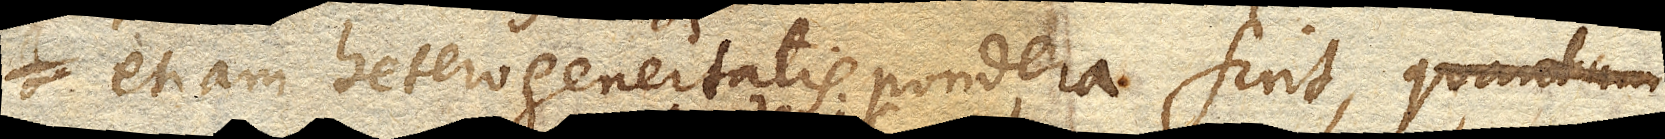
etiam heterogeneitatis pondera sint, quantum